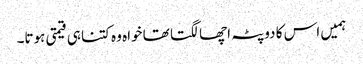
ہمیں اس کا دوپٹہ اچھا لگتا تھا خواہ وہ کتنا ہی قیمتی ہوتا۔